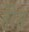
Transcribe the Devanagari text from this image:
हेरेस